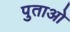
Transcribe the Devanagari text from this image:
पुताओ